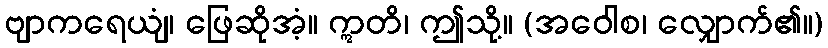
ဗျာကရေယျံ၊ ဖြေဆိုအံ့။ ဣတိ၊ ဤသို့။ (အဝေါစ၊ လျှောက်၏။)